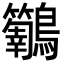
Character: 𮭝